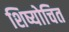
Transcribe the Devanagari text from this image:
शिष्योचित